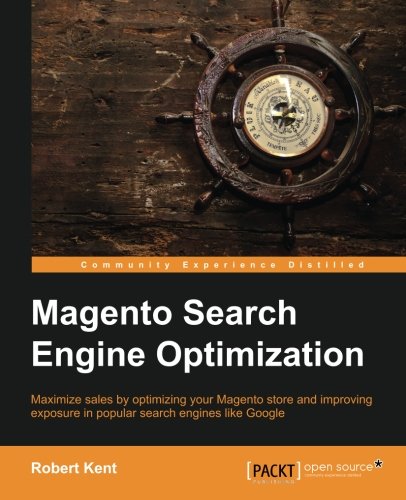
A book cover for Magento Search Engine Optimization; Robert Kent; Computers & Technology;